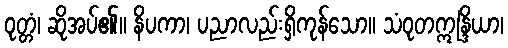
ဝုတ္တံ၊ ဆိုအပ်၏။ နိပကာ၊ ပညာလည်းရှိကုန်သော။ သံဝုတဣန္ဒြိယာ၊